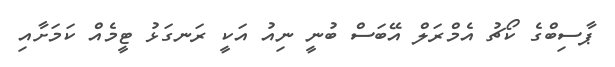
ޕާސިބްގެ ކޯޗު އެމްރަލް އޭބަސް ބުނީ ނިއު އަކީ ރަނގަޅު ޓީމެއް ކަމަށާއި